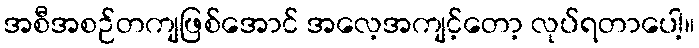
အစီအစဉ်တကျဖြစ်အောင် အလေ့အကျင့်တော့ လုပ်ရတာပေါ့။